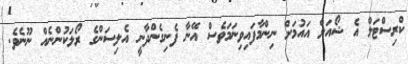
ކްރިސްޓަލް އެ ޝޯއަށް އައުމަށް ނިންމާފައިވިނަމަވެސް އޭނާ ފެނިގެންދާނީ އެލިސަންގެ ރޯލަކުންނެއް ނޫނެވެ.